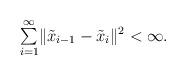
LaTeX: \begin{align*}\begin{array}{c}\underset{i=1}{\overset{\infty}{\sum}}\|\tilde{x}_{i-1}-\tilde{x}_{i}\|^{2}<\infty.\end{array}\end{align*}